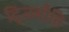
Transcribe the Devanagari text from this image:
द्जिबौति